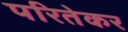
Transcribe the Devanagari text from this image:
परितेकर